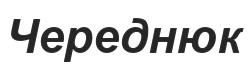
Череднюк